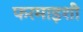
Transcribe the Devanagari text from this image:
फरमाइशी